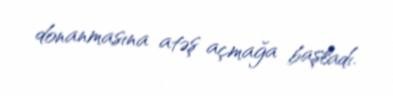
donanmasına atəş açmağa başladı.